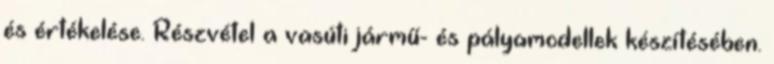
és értékelése. Részvétel a vasúti jármű- és pályamodellek készítésében.